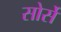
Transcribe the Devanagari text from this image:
सोर्से